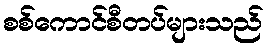
စစ်ကောင်စီတပ်များသည်